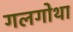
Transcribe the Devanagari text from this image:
गलगोथा